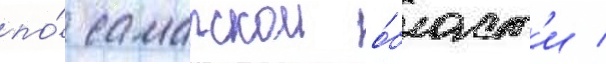
по́ самарскои о́бласт'и /